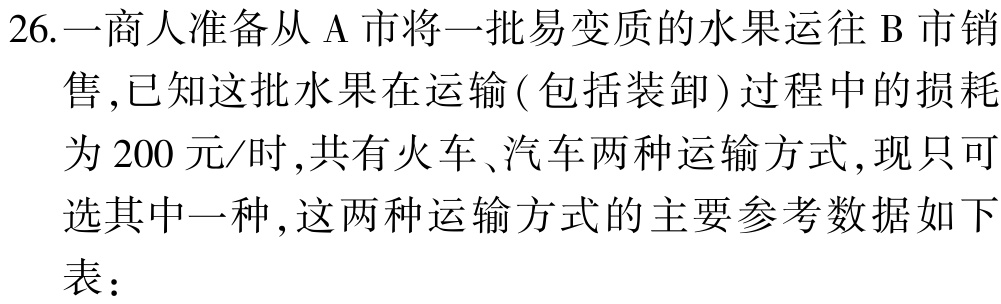
26.一商人准备从 A 市将一批易变质的水果运往 B 市销售,已知这批水果在运输(包括装卸)过程中的损耗为 200 元/时,共有火车、汽车两种运输方式,现只可选其中一种,这两种运输方式的主要参考数据如下表：